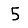
Digit: 5